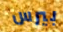
بيرس